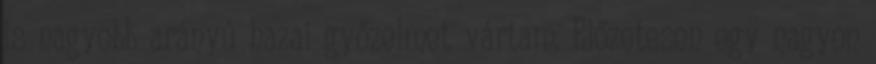
is nagyobb arányú hazai győzelmet vártam. Előzetesen egy nagyon